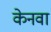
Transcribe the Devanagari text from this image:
केनवा